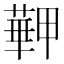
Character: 𦾏